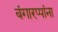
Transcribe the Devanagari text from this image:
बंगारप्पांना